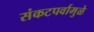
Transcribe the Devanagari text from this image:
संकटपर्वामुळे